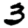
Digit: 3